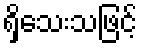
ရှိသေးသဖြင့်